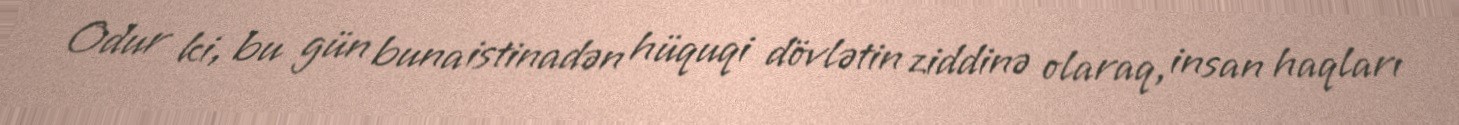
Odur ki, bu gün buna istinadən hüquqi dövlətin ziddinə olaraq, insan haqları